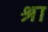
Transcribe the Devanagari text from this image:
श्रा